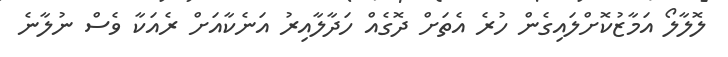
ލޮލާލޯ އަމާޒުކޮށްލައިގެން ހުރެ އެތަށް ދޮގެއް ހަދާލާއިރު އަނެކާއަށް ރެއަކާ ވެސް ނުލާނެ